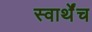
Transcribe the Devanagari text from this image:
स्वार्थेंच